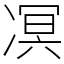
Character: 凕